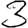
Digit: 3